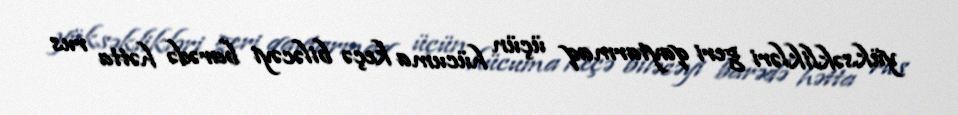
yüksəklikləri geri qaytarmaq üçün hücuma keçə biləcəyi barədə hətta rus